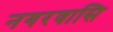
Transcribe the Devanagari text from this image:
नगरवासि